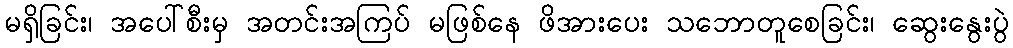
မရှိခြင်း၊ အပေါ်စီးမှ အတင်းအကြပ် မဖြစ်နေ ဖိအားပေး သဘောတူစေခြင်း၊ ဆွေးနွေးပွဲ